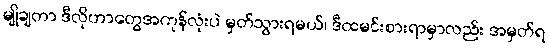
မျိုချတာ ဒီလိုဟာတွေအကုန်လုံးပဲ မှတ်သွားရမယ်၊ ဒီထမင်းစားရာမှာလည်း အမှတ်ရ